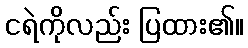
ငရဲကိုလည်း ပြထား၏။